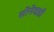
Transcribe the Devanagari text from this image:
सोनेवाडी